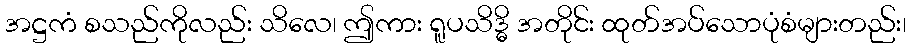
အဋ္ဌကံ စသည်ကိုလည်း သိလေ၊ ဤကား ရူပသိဒ္ဓိ အတိုင်း ထုတ်အပ်သောပုံစံများတည်း၊